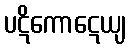
ပဋိကောဋေယျ